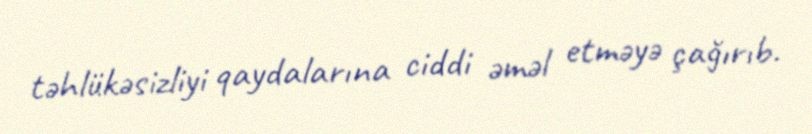
təhlükəsizliyi qaydalarına ciddi əməl etməyə çağırıb.